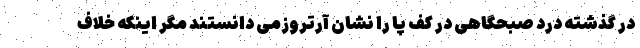
در گذشته درد صبحگاهی در کف پا را نشان آرتروزمی دانستند مگر اینکه خلاف